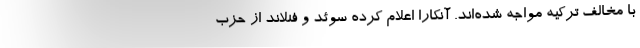
با مخالف ترکیه مواجه شده‌اند. آنکارا اعلام کرده سوئد و فنلاند از حزب